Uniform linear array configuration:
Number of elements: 4
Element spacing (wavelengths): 1
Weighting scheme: cosine
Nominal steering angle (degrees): -30
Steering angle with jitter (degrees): -29.674
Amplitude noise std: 0.05
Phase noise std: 0.05

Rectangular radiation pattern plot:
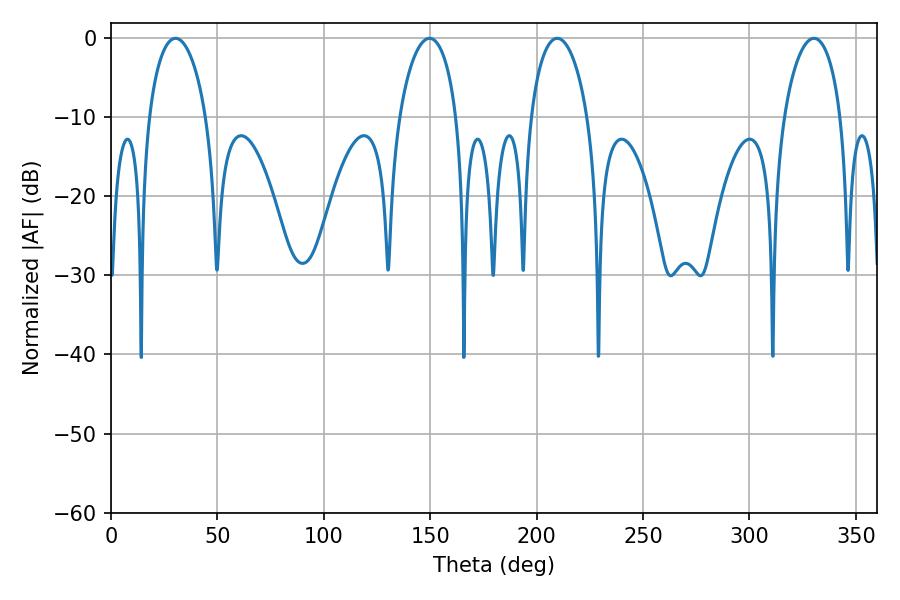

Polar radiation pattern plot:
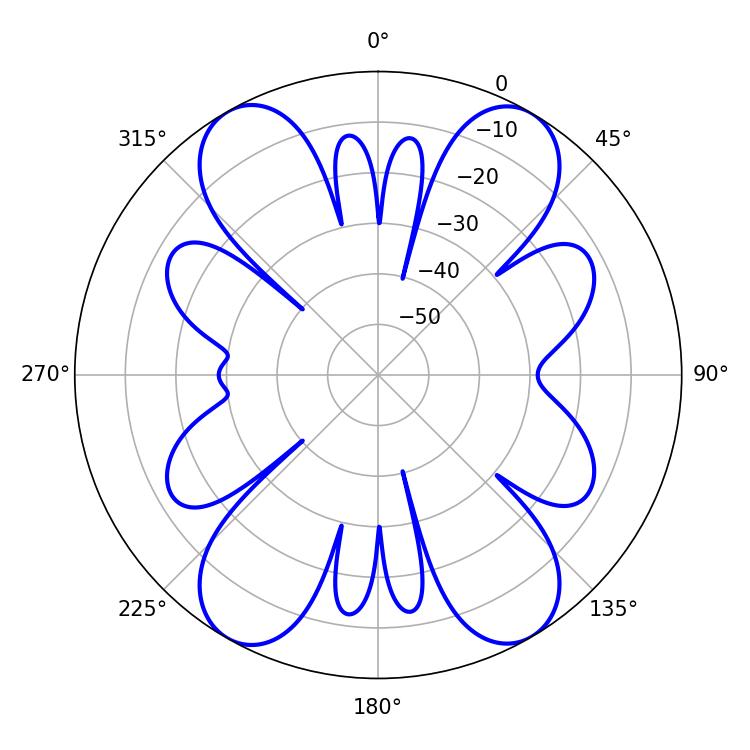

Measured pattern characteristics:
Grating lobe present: TRUE
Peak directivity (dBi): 21.963
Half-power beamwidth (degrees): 15.3
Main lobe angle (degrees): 209.7